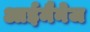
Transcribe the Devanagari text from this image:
आईमैनेज